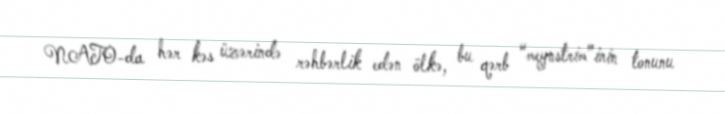
NATO-da hər kəs üzərində rəhbərlik edən ölkə, bu qərb “meynstrim”inin tonunu